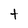
Character: t